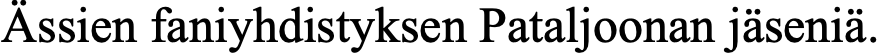
Ässien faniyhdistyksen Pataljoonan jäseniä.